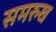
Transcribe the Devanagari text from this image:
समरुख